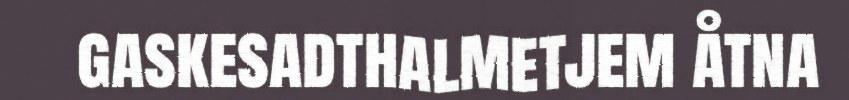
gaskesadthalmetjem åtna